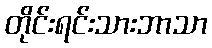
တိုင်းရင်းသားဘာသာ